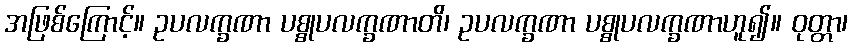
အဖြစ်ကြောင့်။ ဥပလက္ခဏာ ပစ္စုပလက္ခဏာတိ၊ ဥပလက္ခဏာ ပစ္စုပလက္ခဏာဟူ၍။ ဝုတ္တာ၊